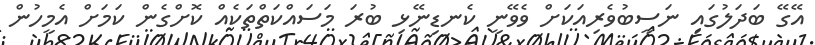
އޭގޭ ބަދަލުގައި ނަސީބުވެރިއަކަށް ވެވޭނީ ކެނޑިނޭޅި ބުރަ މަސައްކަތްތަކެއް ކޮށްގެން ކަމަށް އެމީހުން